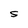
Character: S